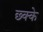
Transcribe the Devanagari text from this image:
छ्क्के